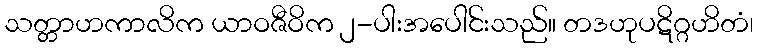
သတ္တာဟကာလိက ယာဝဇီဝိက ၂-ပါးအပေါင်းသည်။ တဒဟုပဋိဂ္ဂဟိတံ၊